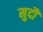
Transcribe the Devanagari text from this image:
मुदौं